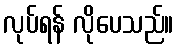
လုပ်ရန် လိုပေသည်။